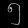
Digit: ၅